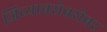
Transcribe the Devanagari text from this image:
जिच्याबरोबरोबर